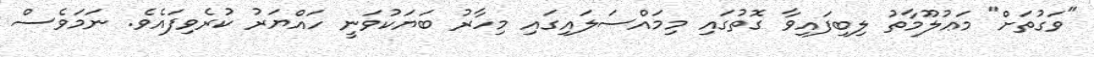
"ވަގުތަށް" މަޢުލޫމާތު ލިބިފައިވާ ގޮތުގައި މިމައްސަލައިގައި މިހާރު ބަޔަކުވަނީ ހައްޔަރު ކުރެވިފައެވެ. ނަމަވެސް